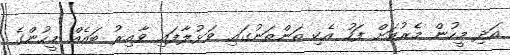
އަދި މީހުން މެރުމަށް ފަހު އެކި ތަންތަނުގައި ވަޅުލާފައި ވާއިރު ބައެއް މީހުންގެ